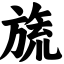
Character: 旒